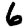
Digit: 6